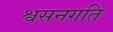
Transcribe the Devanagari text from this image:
श्वसनगति